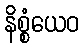
နိစ္စံယေဝ